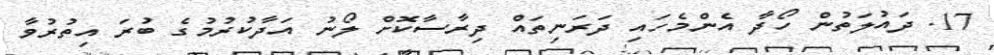
17. ދައުލަތުން ހޯދާ އެންމެހައި ދަރަނިތައް ދިރާސާކޮށް ލޯނު އަދާކުރުމުގެ ބުރަ އިތުރުވާ